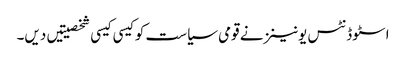
اسٹوڈنٹس یونینز نے قومی سیاست کو کیسی کیسی شخصیتیں دیں۔